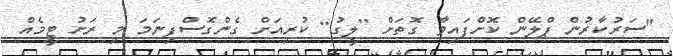
"ސަރުކާރުން ޕްލޭން ކޮށްފައިވާ ގޮތަށް [ލީގު] ކުރިއަށް ގެންގޮސްފިނަަމަ މި ރަށު ޓީމެއް